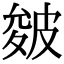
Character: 皴